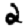
Digit: 2